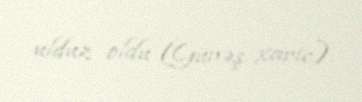
ulduz oldu (Günəş xaric).